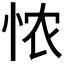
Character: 𢙐